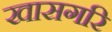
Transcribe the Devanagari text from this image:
खासगरि